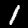
Label: 1